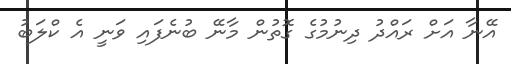
އޭނާ އަށް ރައްދު ދިނުމުގެ ގޮތުން މާނޭ ބުނެފައި ވަނީ އެ ކްލަބު